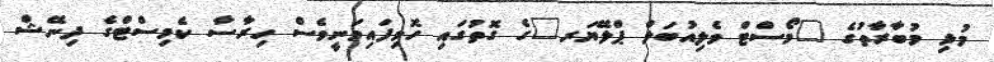
މުޅި މުބާރާތުގެ "މޯސްޓް ވެލިއުބަލް ޕްލޭޔަރ"ގެ ގޮތުގައި ހޮވިފައިވަނީވެސް ހިރާސާ ކެމިސްޓްގެ ދިނޭޝް